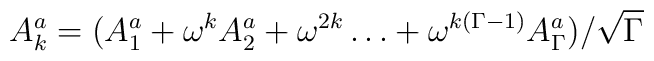
A^a_k=(A^a_1+\omega^k A^a_2+\omega^{2 k}\ldots+  \omega^{k(\Gamma-1)} A^a_{\Gamma})/\sqrt{\Gamma}